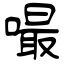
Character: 嘬